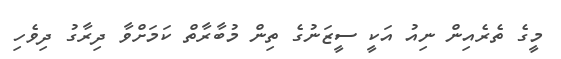
މީގެ ތެރެއިން ނިއު އަކީ ސީޒަނުގެ ތިން މުބާރާތް ކަމަށްވާ ދިރާގު ދިވެހި